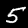
Label: 5